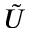
\tilde { U }